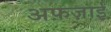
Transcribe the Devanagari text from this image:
अफ़ज़ाई